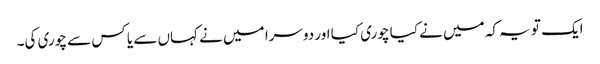
ایک تو یہ کہ میں نے کیا چوری کیا اور دوسرا میں نے کہاں سے یا کس سے چوری کی۔